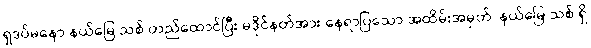
ရှဒပ်မနော နယ်မြေ သစ် တည်ထောင်ပြီး မဒိုင်နတ်အား နေရာပြသော အထိမ်းအမှတ်၊ နယ်မြေ သစ် ရှိ